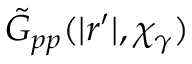
\tilde { G } _ { p p } ( | r ^ { \prime } | , \chi _ { \gamma } )